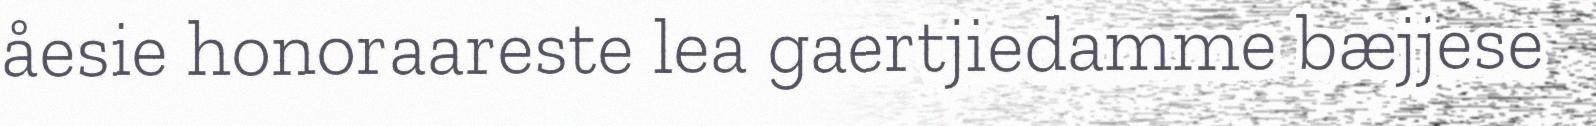
åesie honoraareste lea gaertjiedamme bæjjese